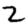
Digit: 2